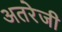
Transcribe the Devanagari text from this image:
अतरेजी